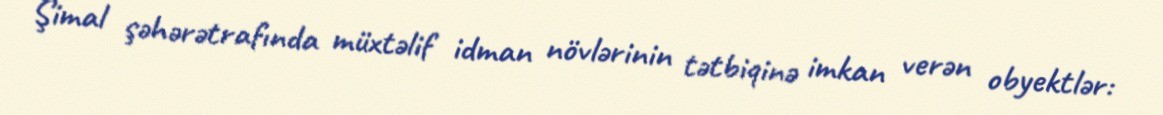
Şimal şəhərətrafında müxtəlif idman növlərinin tətbiqinə imkan verən obyektlər: